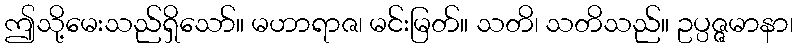
ဤသို့မေးသည်ရှိသော်။ မဟာရာဇ၊ မင်းမြတ်။ သတိ၊ သတိသည်။ ဥပ္ပဇ္ဇမာနာ၊